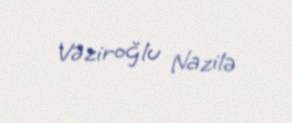
Vəziroğlu Nazilə